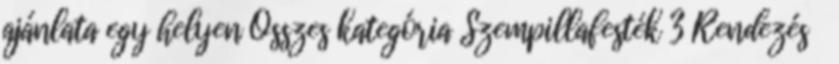
ajánlata egy helyen Összes kategória Szempillafesték 3 Rendezés